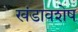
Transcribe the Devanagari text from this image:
खंडावशेष